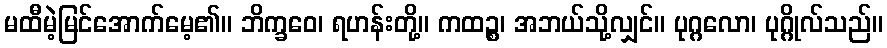
မထီမဲ့မြင်အောက်မေ့၏။ ဘိက္ခဝေ၊ ရဟန်းတို့။ ကထဉ္စ၊ အဘယ်သို့လျှင်။ ပုဂ္ဂလော၊ ပုဂ္ဂိုလ်သည်။